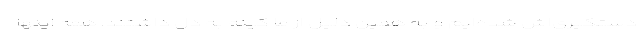
دستگیری‌اش شده‌ایم و به همین دلیل از ما کینه به دل داشتند. همه اینها